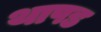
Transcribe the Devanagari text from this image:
थापड